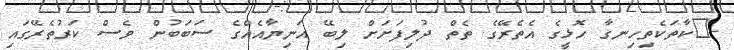
-	ކާތަކެތިހިނގާ ހޮޅީގެ އެތެރޭގެ ތެތް ދުލިފަށަށް ލިބޭ އަނިޔާއެއްގެ ސަބަބުން ވެސް ކަރުތެރޭގައި